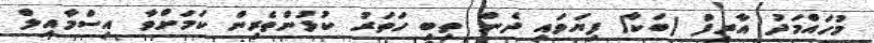
މުހައްމަދު އާރިފް (ބަކާ) ފިޔަވައި ދެން ތިބި ހަތަރު ކުޅުންތެރިން ކަމަށްވާ އިސްމާއިލް